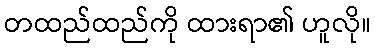
တထည်ထည်ကို ထားရာ၏ ဟူလို။